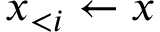
\boldsymbol { x } _ { < i } \gets \boldsymbol { x }